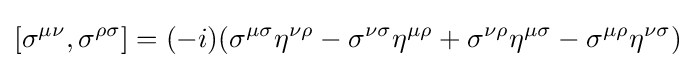
[\sigma ^{\mu \nu },\sigma ^{\rho \sigma }]=(-i)(\sigma ^{\mu \sigma }\eta ^{\nu \rho }-\sigma ^{\nu \sigma }\eta ^{\mu \rho }+\sigma ^{\nu \rho }\eta ^{\mu \sigma }-\sigma ^{\mu \rho }\eta ^{\nu \sigma })